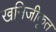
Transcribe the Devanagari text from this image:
खनिजीकृत